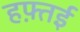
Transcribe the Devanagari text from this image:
हफ़्तई